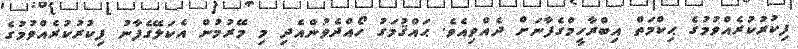
ފިކުރުކުރެއްވުމުގެ ޙިކްމަތް އިބްރާހީމްގެފާނަށް ދެއްވިއެވެ. ޙައްޤުމަގު ހޯއްދެވުންއެދި މި މޭރުމުން އެކަލޭގެފާނު ފިކުރުކުރެއްވުމުގެ